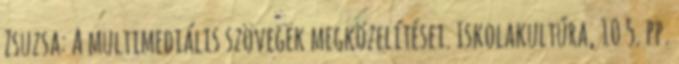
Zsuzsa: A multimediális szövegek megközelítései. Iskolakultúra, 10 5. pp.